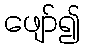
ဖျော်၍